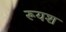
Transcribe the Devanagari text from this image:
रूयश